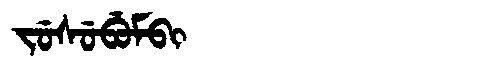
Manchu: ᠵᡠᠰᡠᠪᡠᠮᠪᡳ
Romanization: JUSUBUMBI